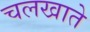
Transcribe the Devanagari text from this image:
चलखाते